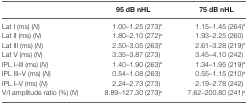
|  | 95 dB nHL | 75 dB nHL |
 | --- | --- | --- |
 | Lat I (ms) (N) | 1.00–1.25 (273)a | 1.15–1.45 (264)a |
 | Lat II (ms) (N) | 1.80–2.10 (272)a | 1.93–2.25 (260) |
 | Lat III (ms) (N) | 2.50–3.05 (263)a | 2.61–3.28 (219)a |
 | Lat V (ms) (N) | 3.35–3.87 (273) | 3.45–4.10 (242) |
 | IPL I–III (ms) (N) | 1.40–1.90 (263)a | 1.34–1.95 (219)a |
 | IPL III–V (ms) (N) | 0.54–1.08 (263) | 0.55–1.15 (210)a |
 | IPL I–V (ms) (N) | 2.24–2.73 (273) | 2.19–2.78 (242) |
 | V/I amplitude ratio (%) (N) | 8.89–127.30 (273)a | 7.62–200.80 (241)a |